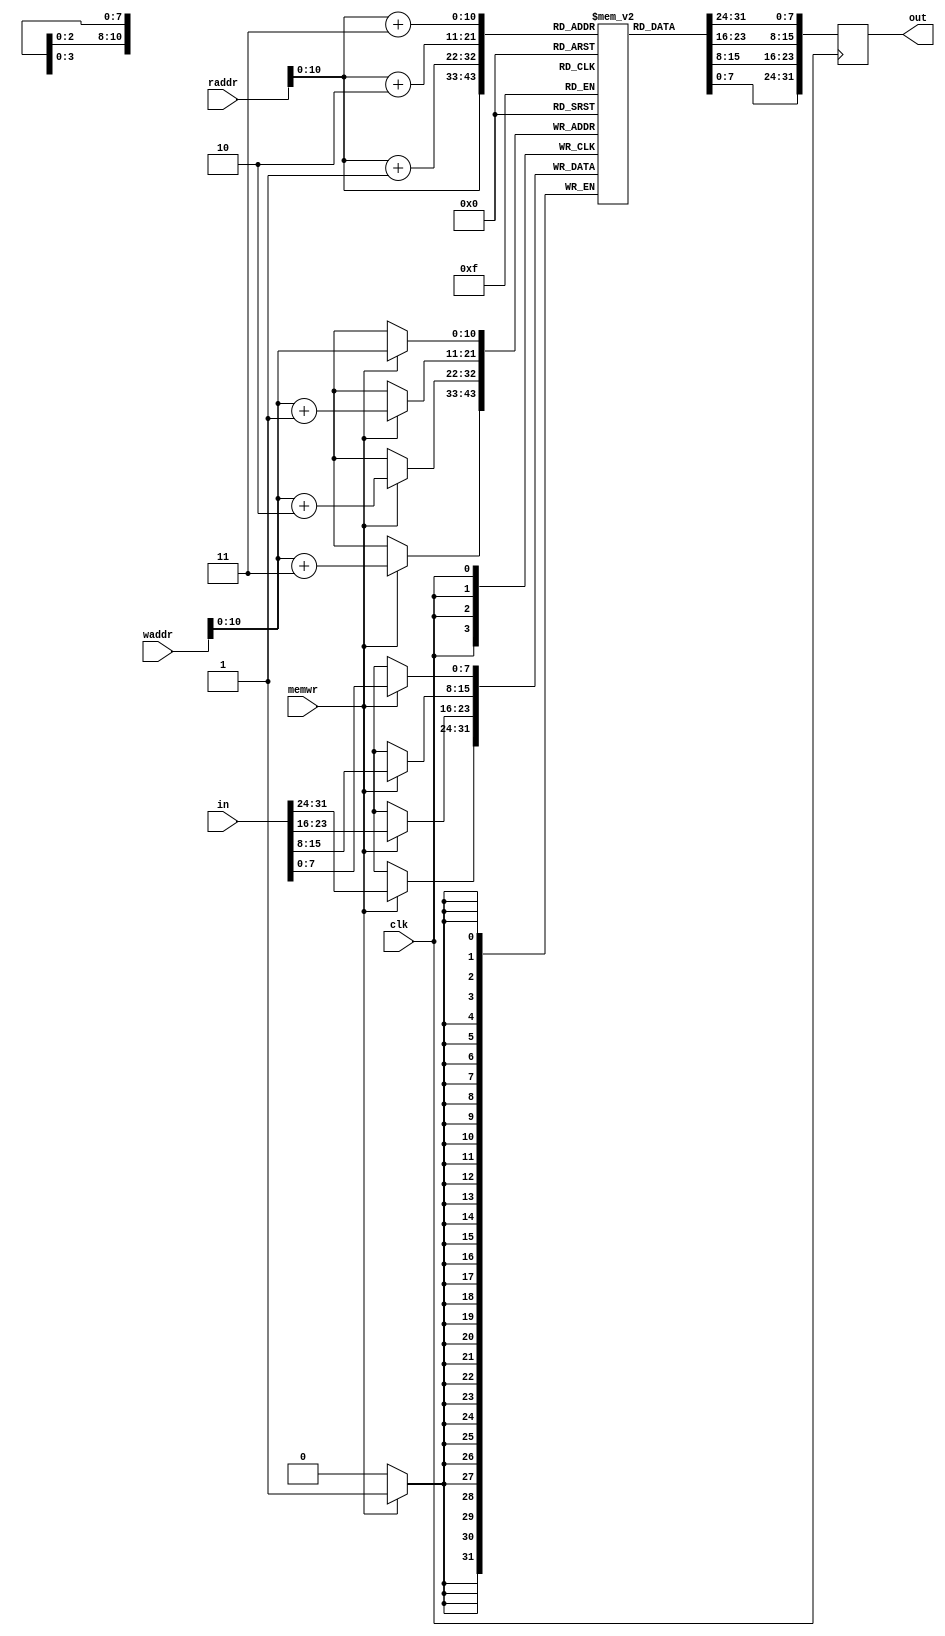
//mem.v instruction memory
module mem(
out,
in,
raddr,
waddr,
memwr,
clk
);
//input
input [31:0] in;
input [31:0] raddr; 
input [31:0] waddr; 
input memwr;
input clk;

//output
output reg [31:0] out;

//intermediate
reg [7:0] ram [1371:0];

always @(negedge clk) begin
	out[7:0] <= ram [raddr];
	out[15:8] <= ram [raddr+1];
	out[23:16] <= ram [raddr+2];
	out[31:24] <= ram [raddr+3];
	if(memwr) begin
		ram [waddr] <= in[7:0];
		ram [waddr+1] <= in[15:8];
		ram [waddr+2] <= in[23:16];
		ram [waddr+3] <= in[31:24];

	end
		

end
endmodule